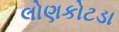
લોણકોટડા